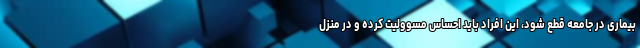
بیماری در جامعه قطع شود، این افراد باید احساس مسوولیت کرده و در منزل